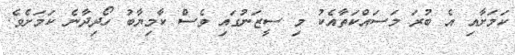
ކަމަށާއި އެ ބުރަ މަސައްކަތާއެކު މި ސީޒަނުގައި ވެސް ކާމިޔާބު ހޯދިދާނެ ކަމަށެވެ.